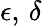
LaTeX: \epsilon,\, \delta